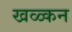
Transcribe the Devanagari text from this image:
खळ्कन